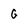
Character: G